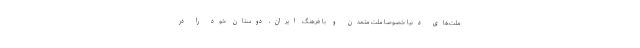
ملت­های دنیا خصوصاً ملت متمدن و با فرهنگ ایران، دوستان خود را در